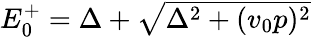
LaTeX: \begin{array}{r}{E_{0}^{+}=\Delta+\sqrt{\Delta^{2}+(v_{0}p)^{2}}}\end{array}